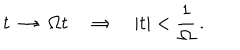
t \ \rightarrow \ \Omega t \quad \Rightarrow \quad | t | < \frac { 1 } { \Omega } \, .